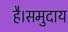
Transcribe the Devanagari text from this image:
है।समुदाय